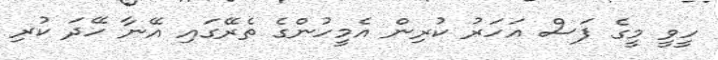
ހީވީ މީގެ ފަސް އަހަރު ކުރިން އެމީހުންގެ ތެރޭގައި އޭނާ ހޭދަ ކުރި